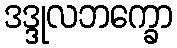
ဒဒ္ဒုလဘက္ခော